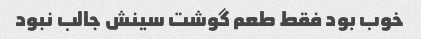
خوب بود فقط طعم گوشت سینش جالب نبود